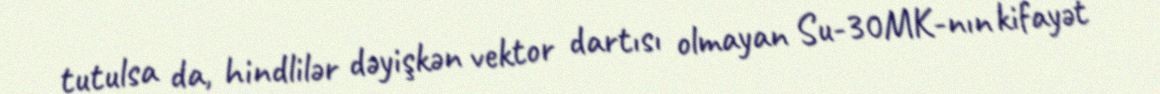
tutulsa da, hindlilər dəyişkən vektor dartısı olmayan Su-30MK-nın kifayət